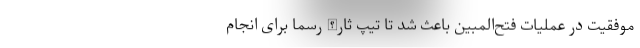
موفقیت در عملیات فتح‌المبین باعث شد تا تیپ ثارالله رسما برای انجام